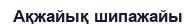
Ақжайық шипажайы